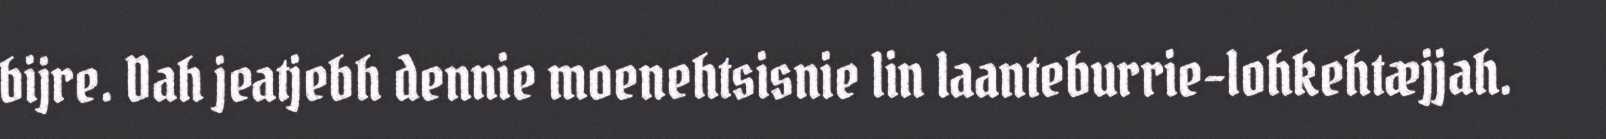
bijre. Dah jeatjebh dennie moenehtsisnie lin laanteburrie-lohkehtæjjah.